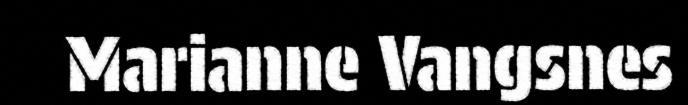
Marianne Vangsnes